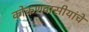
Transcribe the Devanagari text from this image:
कोकणवासीयांचे